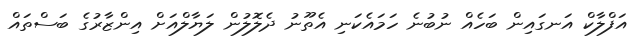
އަފްލާކް އަނގައިން ބަހެއް ނުބުނެ ހަމައެކަނި އެތޫނު ދެލޮލުން ލަޔާލްއަށް އިންޒާރުގެ ބަސްތައް